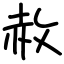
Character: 赦